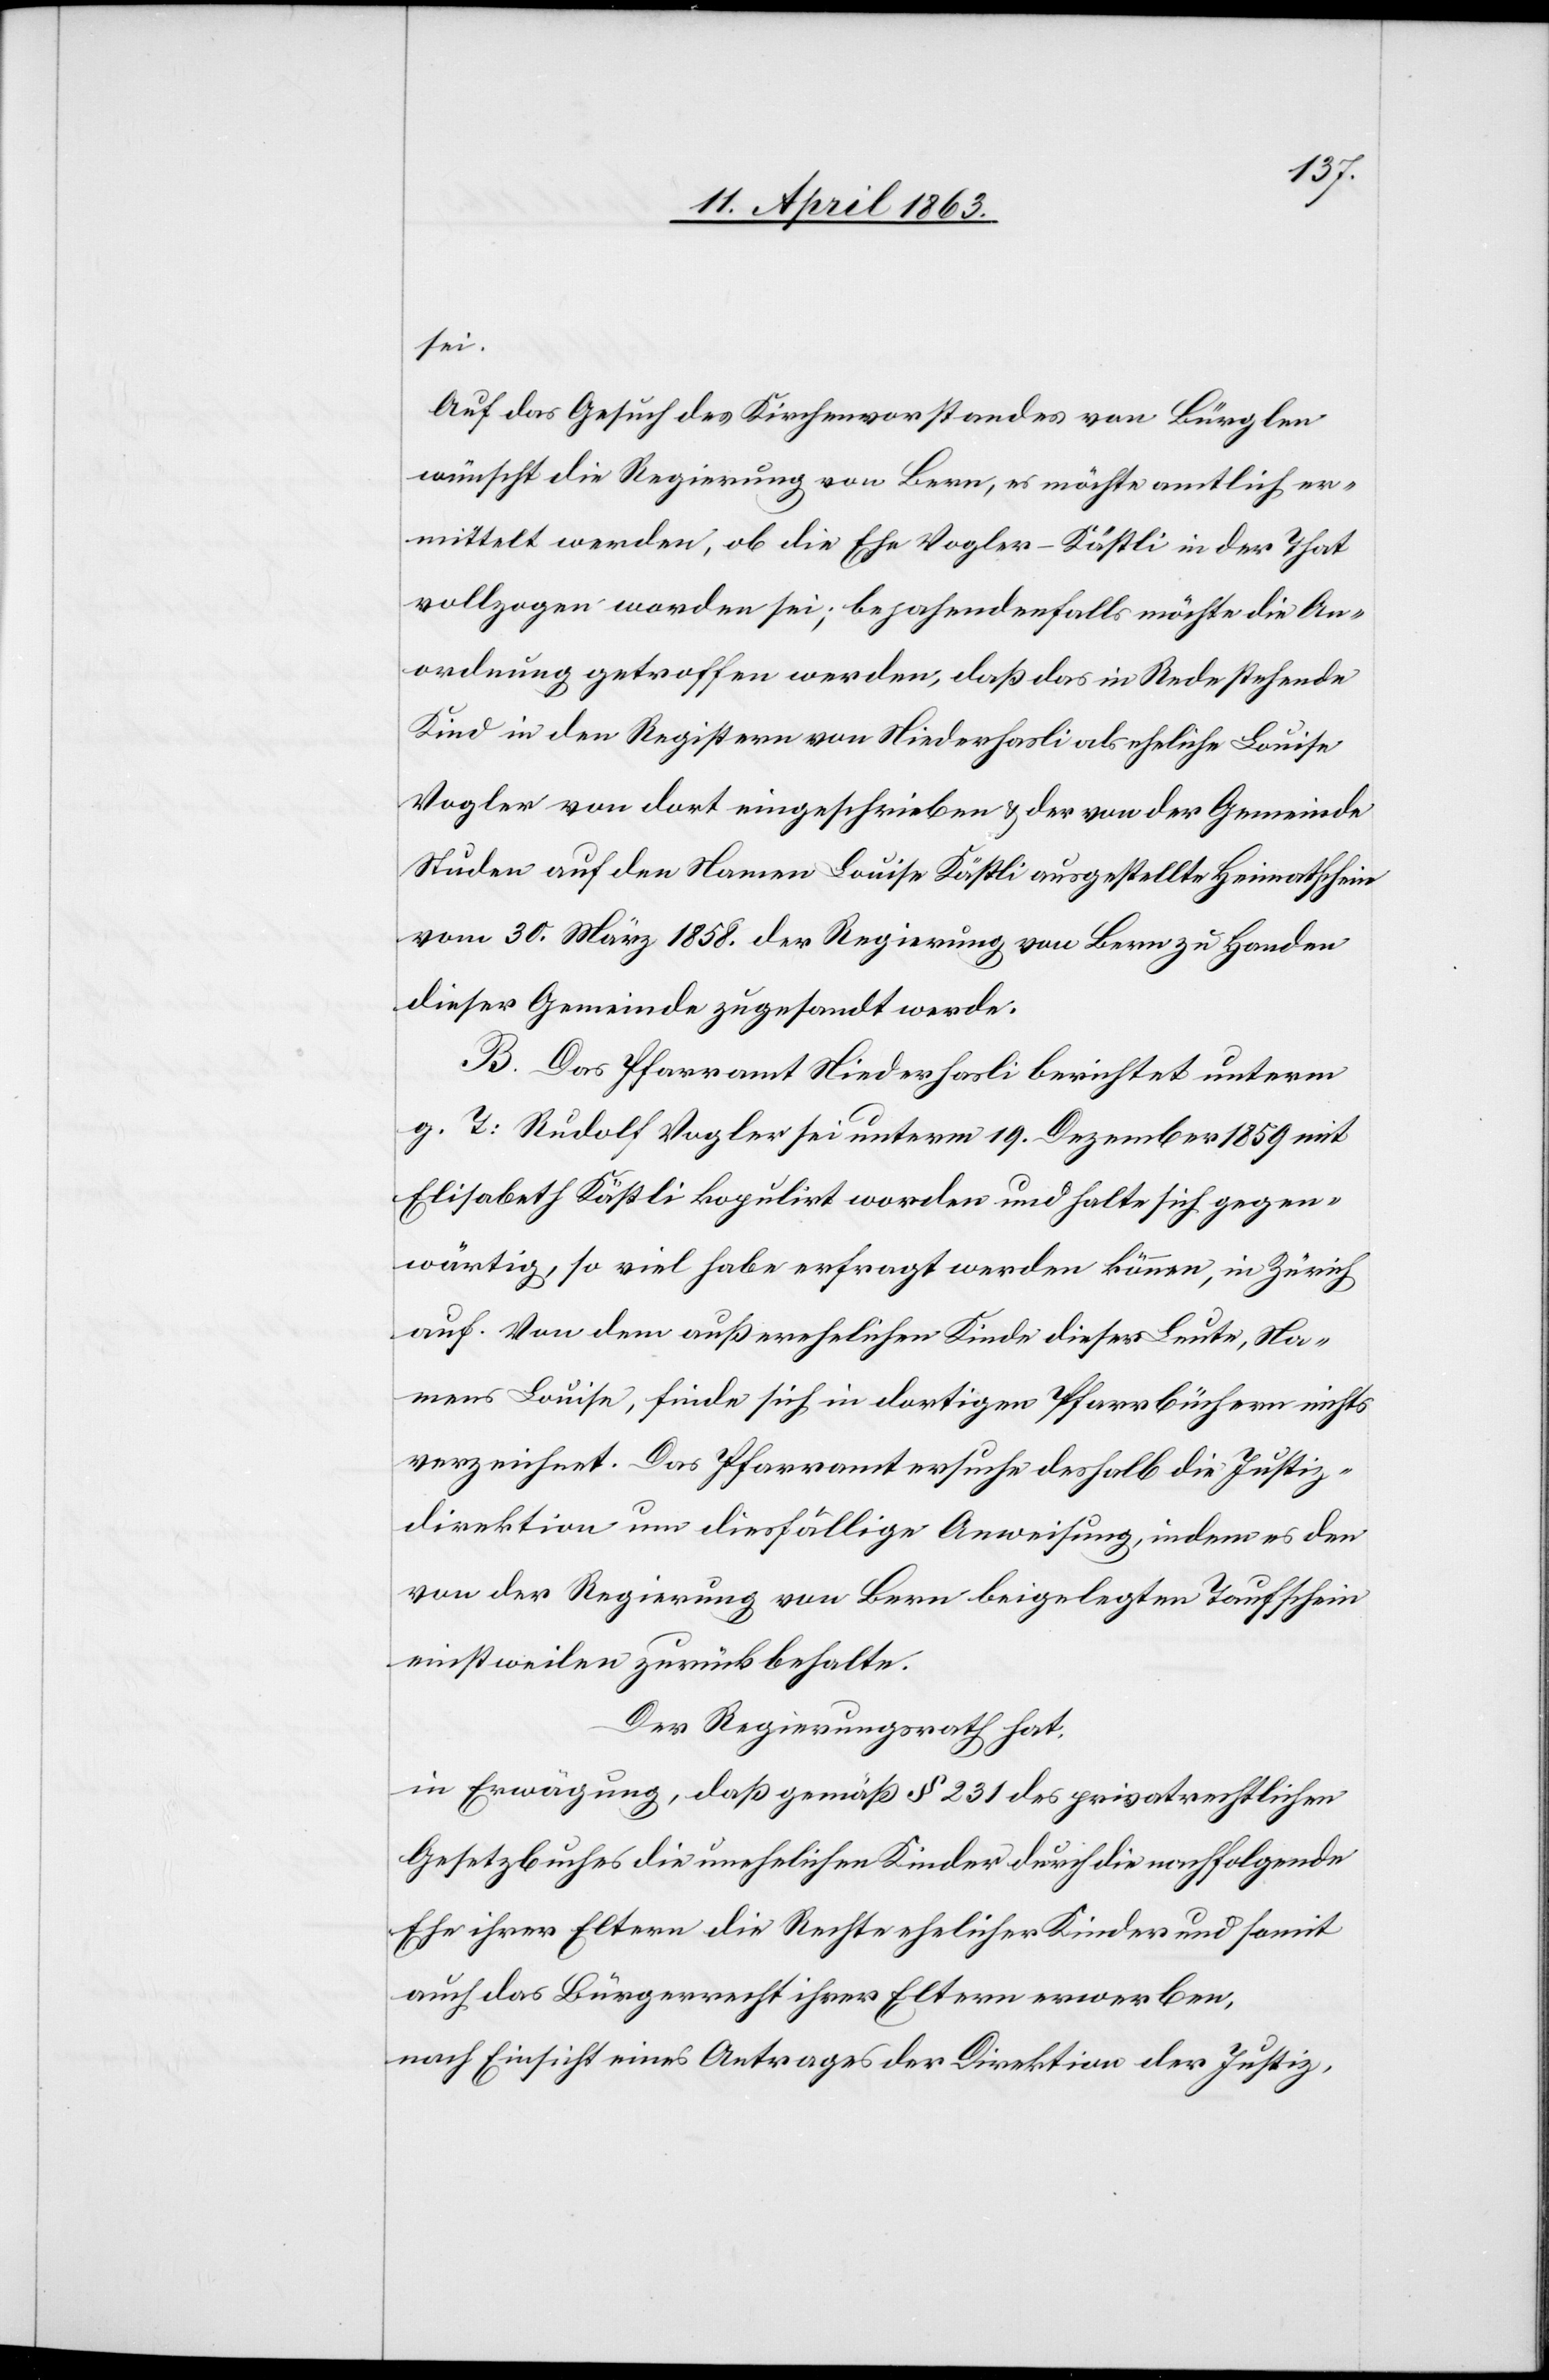
sei.
Auf das Gesuch des Kirchenvorstandes von Bürglen
wünscht die Regierung von Bern, es möchte amtlich er¬
mittelt werden, ob die Ehe Vogler-Kästli in der That
vollzogen worden sei; bejahendenfalls möchte die An¬
ordnung getroffen werden, daß das in Rede stehende
Kind in den Registern von Niederhasli als eheliche Louise
Vogler von dort eingeschrieben & der von der Gemeinde
Studen auf den Namens Louise Kästli ausgestellte Heimatschein
vom 30. März 1858. der Regierung von Bern zu Handen
dieser Gemeinde zugesandt werde.
B. Das Pfarramt Niederhasli berichtet unterm
g. T: Rudolf Vogler sei unterm 19. Dezember 1859 mit
Elisabeth Kästli kopulirt worden und halte sich gegen¬
wärtig, so viel habe erfragt werden können, in Zürich
auf. Von dem außerehelichen Kinde dieser Leute, Na¬
mens Louise, finde sich in dortigen Pfarrbüchern nichts
verzeichnet. Das Pfarramt ersuche deshalb die Justiz¬
direktion um diesfällige Anweisung, indem es den
von der Regierung von Bern beigelegten Taufschein
einstweilen zurückbehalte.
Der Regierungsrath hat,
in Erwägung, daß gemäß § 231 des privatrechtlichen
Gesetzbuches die unehelichen Kinder durch die nachfolgende
Ehe ihrer Eltern die Rechte ehelicher Kinder und somit
auch das Bürgerrecht ihrer Eltern erwerben,
nach Einsicht eines Antrages der Direktion der Justiz,